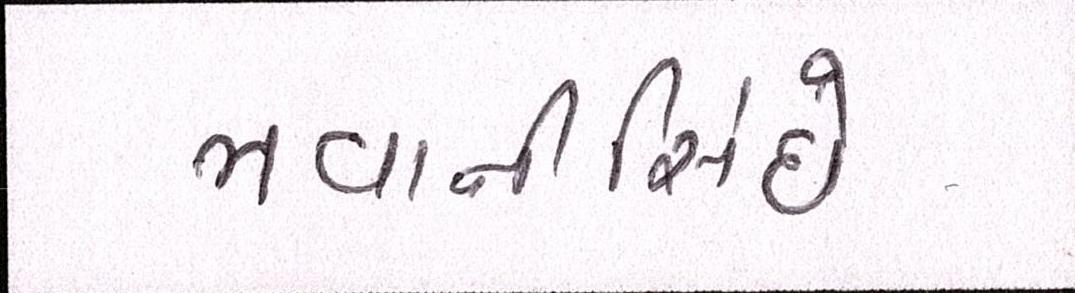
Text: ભવાનીસિંઘે